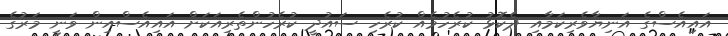
އައިއެސްގެ އަނިޔާވެރިކަމާއި ދެކޮޅު ކުރެހުމެއް ކުރެހި ސައުދީ ކުރެހުންތެރިއަކަށް އައިއެސްއިން ވަނީ މަރުގެ